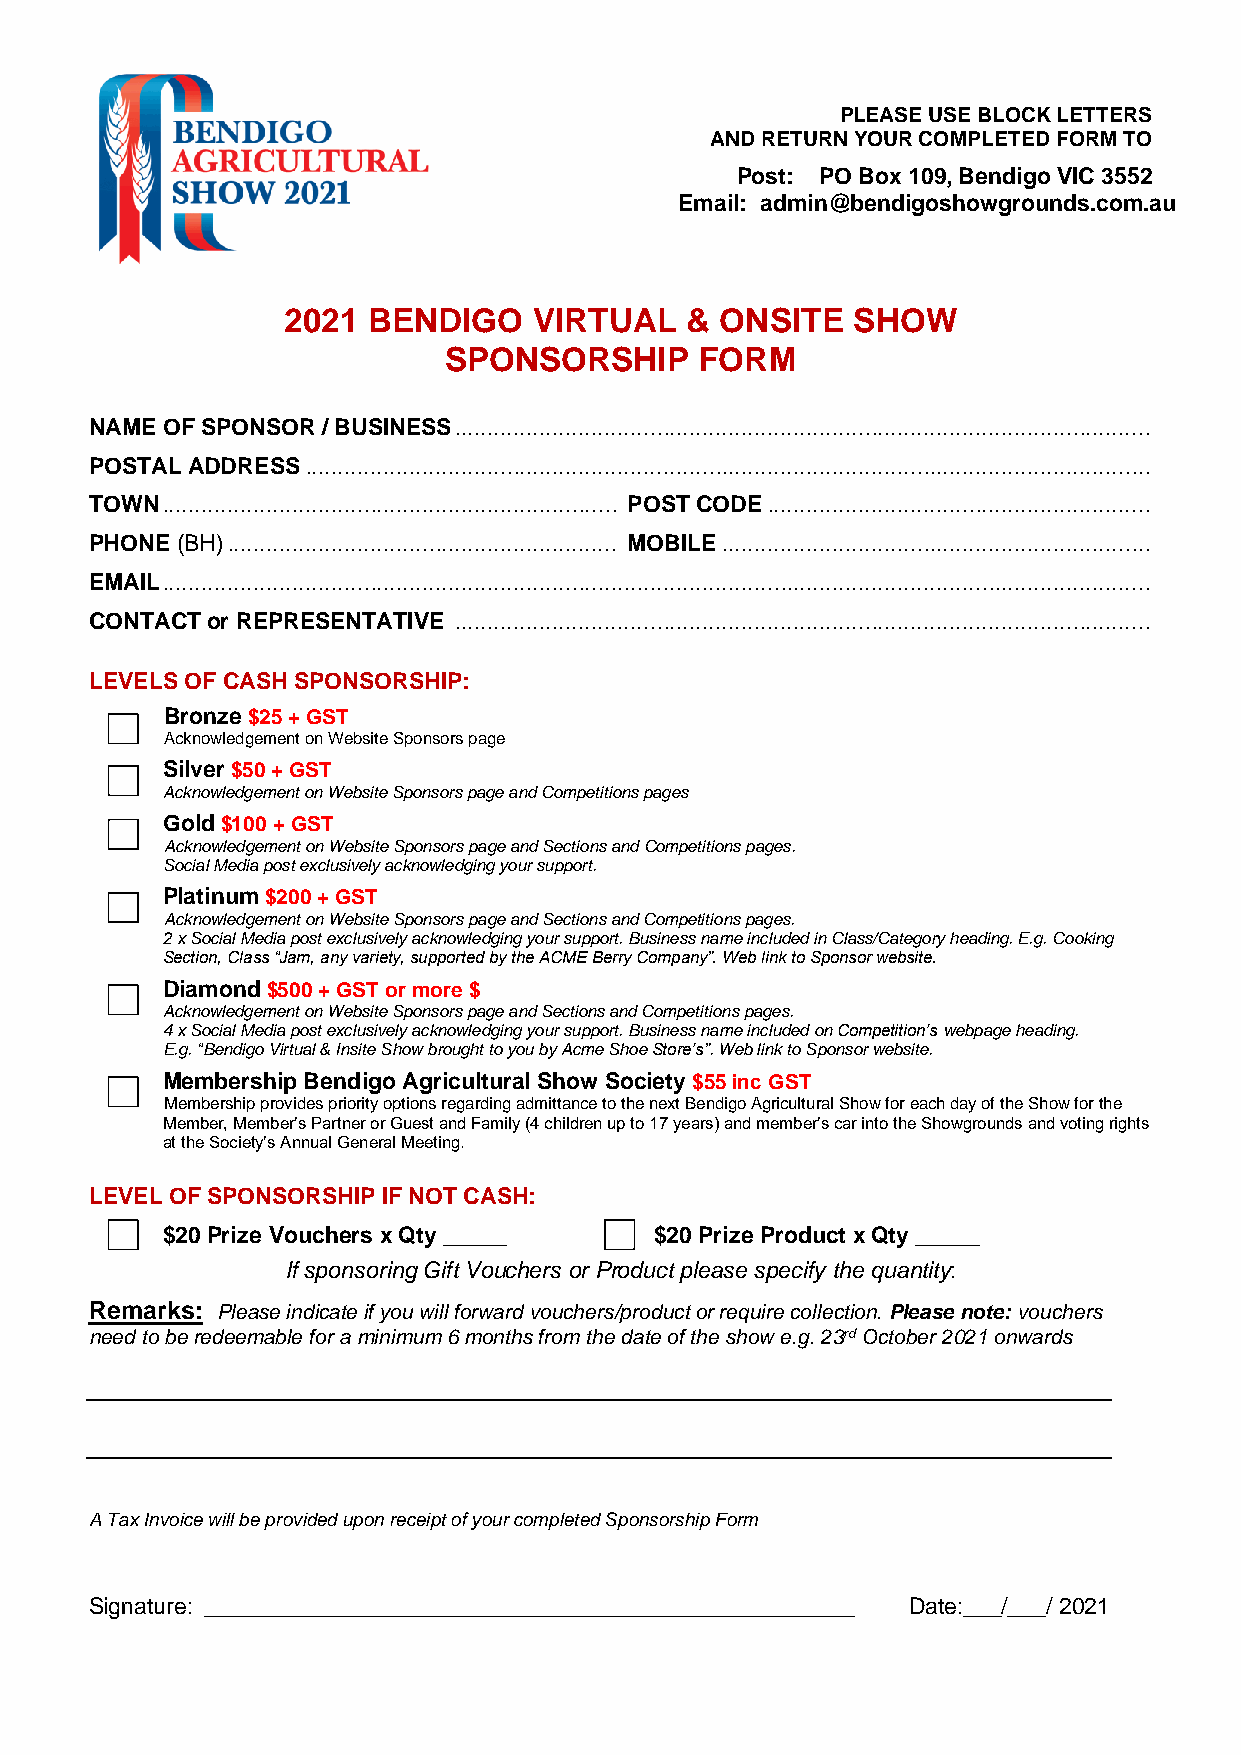
PLEASE USE BLOCK LETTERS
 AND RETURN YOUR COMPLETED FORM TO
 Post: PO Box 109, Bendigo VIC 3552
 Email: admin@bendigoshowgrounds.com.au
 2021 BENDIGO    VIRTUAL   &  ONSITE  SHOW
 SPONSORSHIP      FORM
 NAME OF SPONSOR / BUSINESS ...........................................................................................................
 POSTAL ADDRESS ..................................................................................................................................
 TOWN ...................................................................... POST CODE ...........................................................
 PHONE (BH) ............................................................ MOBILE ..................................................................
 EMAIL ........................................................................................................................................................
 CONTACT or REPRESENTATIVE ...........................................................................................................
 LEVELS OF CASH SPONSORSHIP:
 Bronze $25 + GST
 Acknowledgement on Website Sponsors page
 Silver $50 + GST
 Acknowledgement on Website Sponsors page and Competitions pages
 Gold $100 + GST
 Acknowledgement on Website Sponsors page and Sections and Competitions pages.
 Social Media post exclusively acknowledging your support.
 Platinum $200 + GST
 Acknowledgement on Website Sponsors page and Sections and Competitions pages.
 2 x Social Media post exclusively acknowledging your support. Business name included in Class/Category heading. E.g. Cooking
 Section, Class “Jam, any variety, supported by the ACME Berry Company”. Web link to Sponsor website.
 Diamond $500 + GST or more $
 Acknowledgement on Website Sponsors page and Sections and Competitions pages.
 4 x Social Media post exclusively acknowledging your support. Business name included on Competition’s webpage heading.
 E.g. “Bendigo Virtual & Insite Show brought to you by Acme Shoe Store’s”. Web link to Sponsor website.
 Membership Bendigo Agricultural Show Society $55 inc GST
 Membership provides priority options regarding admittance to the next Bendigo Agricultural Show for each day of the Show for the
 Member, Member’s Partner or Guest and Family (4 children up to 17 years) and member’s car into the Showgrounds and voting rights
 at the Society’s Annual General Meeting.
 LEVEL OF SPONSORSHIP IF NOT CASH:
 $20 Prize Vouchers x Qty _____  $20 Prize Product x Qty _____
 If sponsoring Gift Vouchers or Product please specify the quantity:
 Remarks: Please indicate if you will forward vouchers/product or require collection. Please note: vouchers
 need to be redeemable for a minimum 6 months from the date of the show e.g. 23rd October 2021 onwards
 A Tax Invoice will be provided upon receipt of your completed Sponsorship Form
 Signature: ___________________________________________________ Date:___/___/ 2021